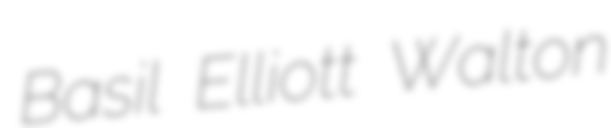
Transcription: Basil Elliott Walton